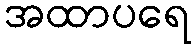
အထာပရေ